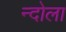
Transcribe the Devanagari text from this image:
न्दोला